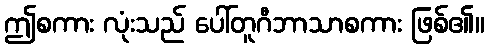
ဤစကား လုံးသည် ပေါ်တူဂီဘာသာစကား ဖြစ်၏။